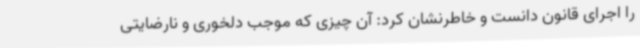
را اجرای قانون دانست و خاطرنشان کرد: آن چیزی که موجب دلخوری و نارضایتی